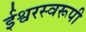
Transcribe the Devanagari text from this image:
ईश्वरस्वरूपी